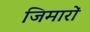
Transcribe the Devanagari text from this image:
जिमारों